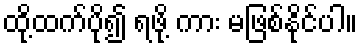
ထို့ထက်ပို၍ ရဖို့ ကား မဖြစ်နိုင်ပါ။